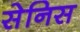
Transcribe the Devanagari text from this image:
सेनिस